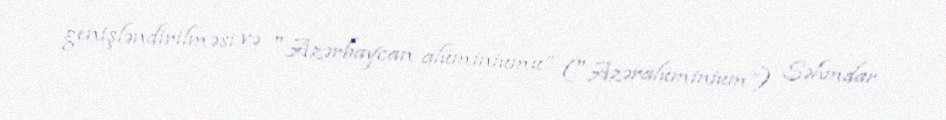
genişləndirilməsi və "Azərbaycan alüminiumu” ("Azəralüminium”) Səhmdar